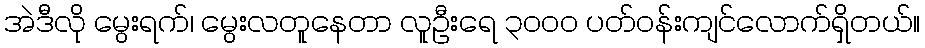
အဲဒီလို မွေးရက်၊ မွေးလတူနေတာ လူဦးရေ ၃၀၀၀ ပတ်ဝန်းကျင်လောက်ရှိတယ်။